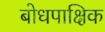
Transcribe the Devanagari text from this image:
बोधपाक्षिक